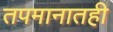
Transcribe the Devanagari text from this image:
तपमानातही